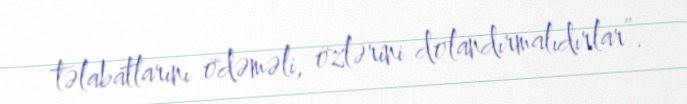
təlabatlarını ödəməli, özlərini dolandırmalıdırlar”.